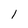
Character: 1